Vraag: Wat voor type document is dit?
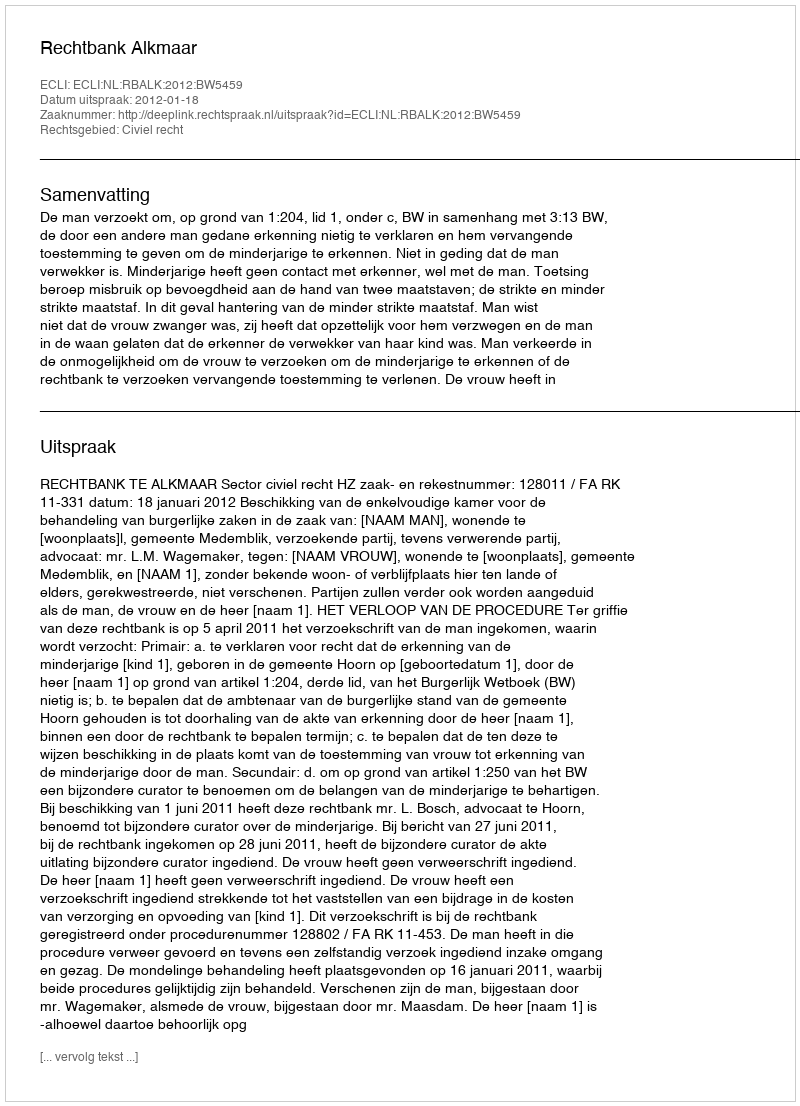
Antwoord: Uitspraak